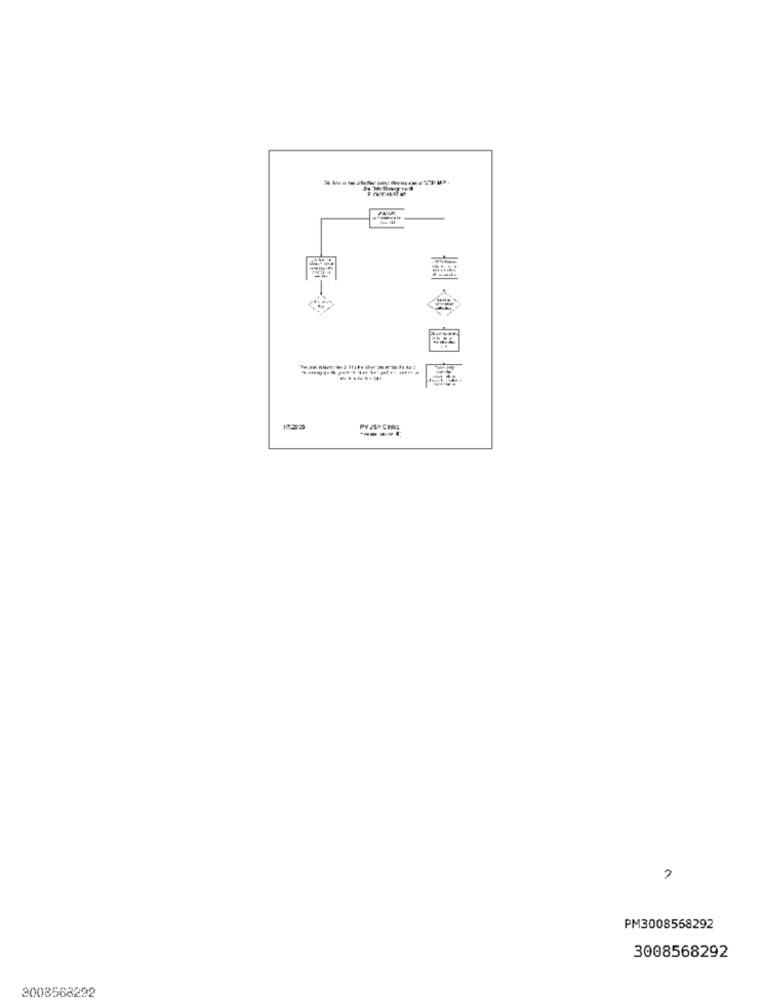
...
PM3008558292
3008568292
3008568292